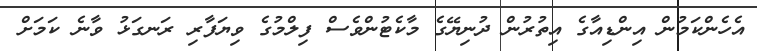
އެހެންކަމުން އިންޑިއާގެ އިތުރުން ދުނިޔޭގެ މާކެޓުންވެސް ފިލްމުގެ ވިޔަފާރި ރަނގަޅު ވާނެ ކަމަށް